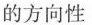
的方向性